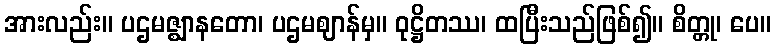
အားလည်း။ ပဌမဇ္ဈာနတော၊ ပဌမဈာန်မှ။ ဝုဋ္ဌိတဿ၊ ထပြီးသည်ဖြစ်၍။ စိတ္တု၊ ပေ။